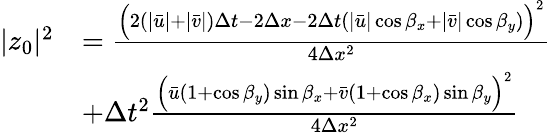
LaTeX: \begin{array}{rl}{|z_{0}|^{2}}&{=\frac{\Big(2(|\bar{u}|+|\bar{v}|)\Delta t-2\Delta x-2\Delta t(|\bar{u}|\cos\beta_{x}+|\bar{v}|\cos\beta_{y})\Big)^{2}}{4\Delta x^{2}}}\\ &{+\Delta t^{2}\frac{\Big(\bar{u}(1+\cos\beta_{y})\sin\beta_{x}+\bar{v}(1+\cos\beta_{x})\sin\beta_{y}\Big)^{2}}{4\Delta x^{2}}}\end{array}